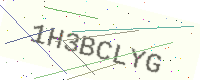
Text: 1H3BCLYG